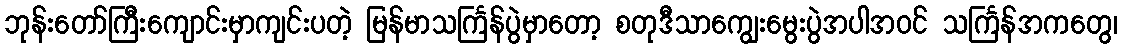
ဘုန်းတော်ကြီးကျောင်းမှာကျင်းပတဲ့ မြန်မာသင်္ကြန်ပွဲမှာတော့ စတုဒီသာကျွေးမွေးပွဲအပါအဝင် သင်္ကြန်အကတွေ၊